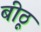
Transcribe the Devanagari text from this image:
बीठू